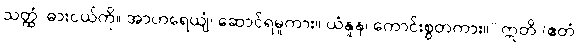
သတ္ထံ၊ ဓားငယ်ကို။ အာဟရေယျံ၊ ဆောင်ရမူကား။ ယံနူန၊ ကောင်းစွတကား။” ဣတိ (ဧတံ